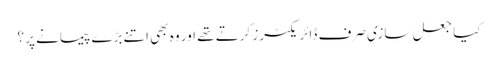
کیا جعل سازی صرف ڈائریکٹرز کرتے تھے اور وہ بھی اتنے بڑے پیمانے پر ؟